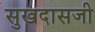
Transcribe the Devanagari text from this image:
सुखदासजी